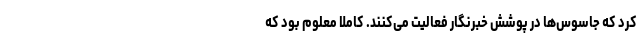
کرد که جاسوس‌ها در پوشش خبرنگار فعالیت می‌کنند. کاملا معلوم بود که